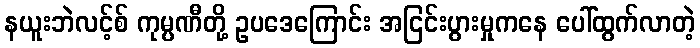
နယူးဘဲလင့်စ် ကုမ္ပဏီတို့ ဥပဒေကြောင်း အငြင်းပွားမှုကနေ ပေါ်ထွက်လာတဲ့